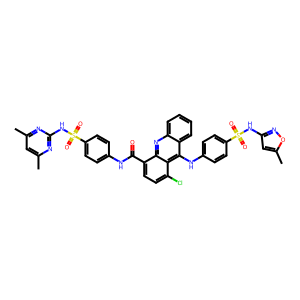
SMILES: Cc1cc(C)nc(NS(=O)(=O)c2ccc(NC(=O)c3ccc(Cl)c4c(Nc5ccc(S(=O)(=O)Nc6cc(C)on6)cc5)c5ccccc5nc34)cc2)n1
Inhibits HIV replication: No